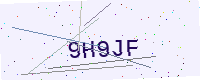
Text: 9H9JF